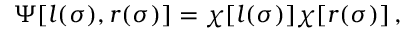
\Psi [ l ( \sigma ) , r ( \sigma ) ] = \chi [ l ( \sigma ) ] \chi [ r ( \sigma ) ] \, ,